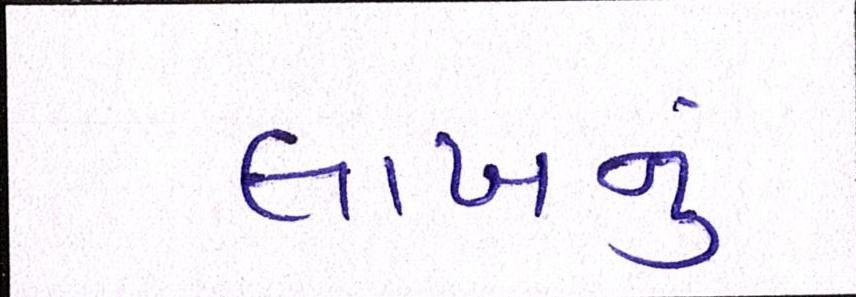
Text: લાખનું